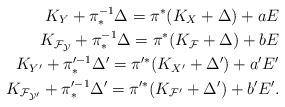
LaTeX: \begin{align*}K_Y+\pi_*^{-1}\Delta = \pi^*(K_X+\Delta)+aE\\K_{\cal F_Y}+\pi_*^{-1}\Delta = \pi^*(K_{\cal F}+\Delta)+bE\\K_{Y'}+\pi'^{-1}_*\Delta' = \pi'^*(K_{X'}+\Delta') +a'E'\\K_{\cal F_{Y'}}+\pi'^{-1}_*\Delta' = \pi'^*(K_{\cal F'}+\Delta')+b'E'.\end{align*}